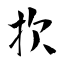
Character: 扻